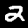
Label: 2